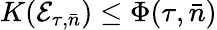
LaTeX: K(\mathcal{E}_{\tau,\bar{n}})\leq\Phi(\tau,\bar{n})